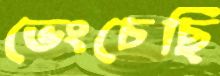
ভেংচেছি